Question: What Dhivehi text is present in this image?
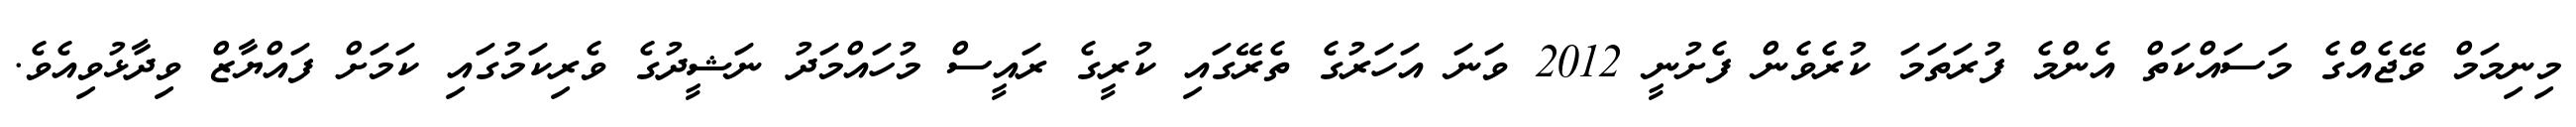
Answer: މިނިމަމް ވޭޖެއްގެ މަސައްކަތް އެންމެ ފުރަތަމަ ކުރެވެން ފެށުނީ 2012 ވަނަ އަހަރުގެ ތެރޭގައި ކުރީގެ ރައީސް މުހައްމަދު ނަޝީދުގެ ވެރިކަމުގައި ކަމަށް ފައްޔާޒް ވިދާޅުވިއެވެ.